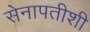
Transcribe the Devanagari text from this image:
सेनापतीशी